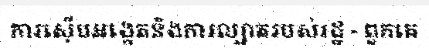
ការស៊ើបអង្កេតនិងការល្បាតរបស់រដ្ឋ - ពួកគេ